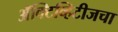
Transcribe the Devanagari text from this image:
ॲक्टिव्हिटीजचा